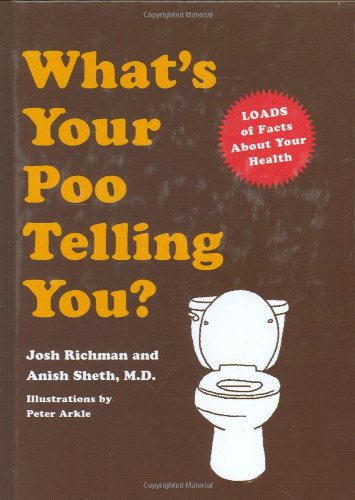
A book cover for What's Your Poo Telling You?; Anish Sheth; Humor & Entertainment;